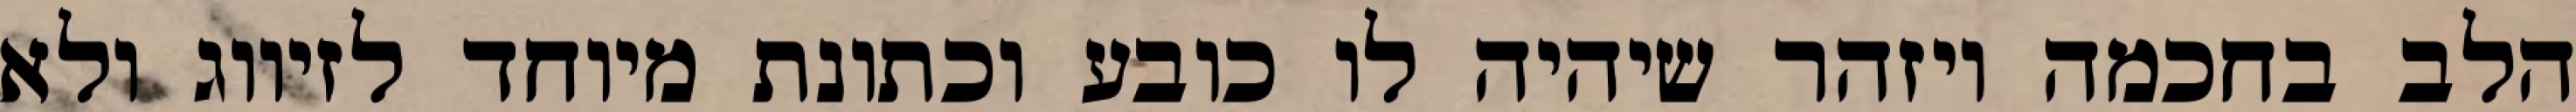
הלב בחכמה ויזהר שיהיה לו כובע וכתונת מיוחד לזיווג ולא